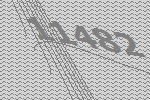
11482